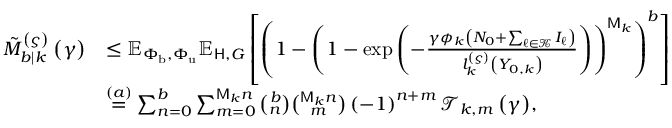
\begin{array} { r l } { { \tilde { M } _ { b | k } ^ { \left( \varsigma \right) } \left( \gamma \right) } } & { \leq \mathbb { E } _ { \Phi _ { \mathrm { b } } , \Phi _ { \mathrm { u } } } \mathbb { E } _ { \mathsf { H } , G } \left[ \left( 1 - \left( 1 - \exp \left( - \frac { \gamma \phi _ { k } \left( N _ { 0 } + \sum _ { \ell \in \mathcal { K } } { I _ { \ell } } \right) } { l _ { k } ^ { \left( \varsigma \right) } \left( Y _ { 0 , k } \right) } \right) \right) ^ { \mathsf { M } _ { k } } \right) ^ { b } \right] } \\ & { \overset { ( a ) } { = } \sum _ { n = 0 } ^ { b } { \sum _ { m = 0 } ^ { \mathsf { M } _ { k } n } { \binom { b } { n } \binom { \mathsf { M } _ { k } n } { m } \left( - 1 \right) ^ { n + m } \mathcal { T } _ { k , m } \left( \gamma \right) } } , } \end{array}